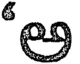
అ